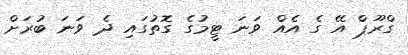
ގްރޫޕް އޭ ގެ އެއް ވަނަ ޓީމުގެ ގޮތުގައި ދެ ވަނަ ބުރަށް